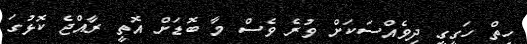
ހިތް ހަގީގީ ދިވެއްސަކަށް ވުރެ ވެސް މާ ބޮޑަށް އޮތީ ރާއްޖެ ކޮޅުގަ